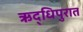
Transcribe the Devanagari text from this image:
ऋद्धिपुरात